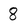
Character: 8